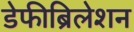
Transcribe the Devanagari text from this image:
डेफीब्रिलेशन